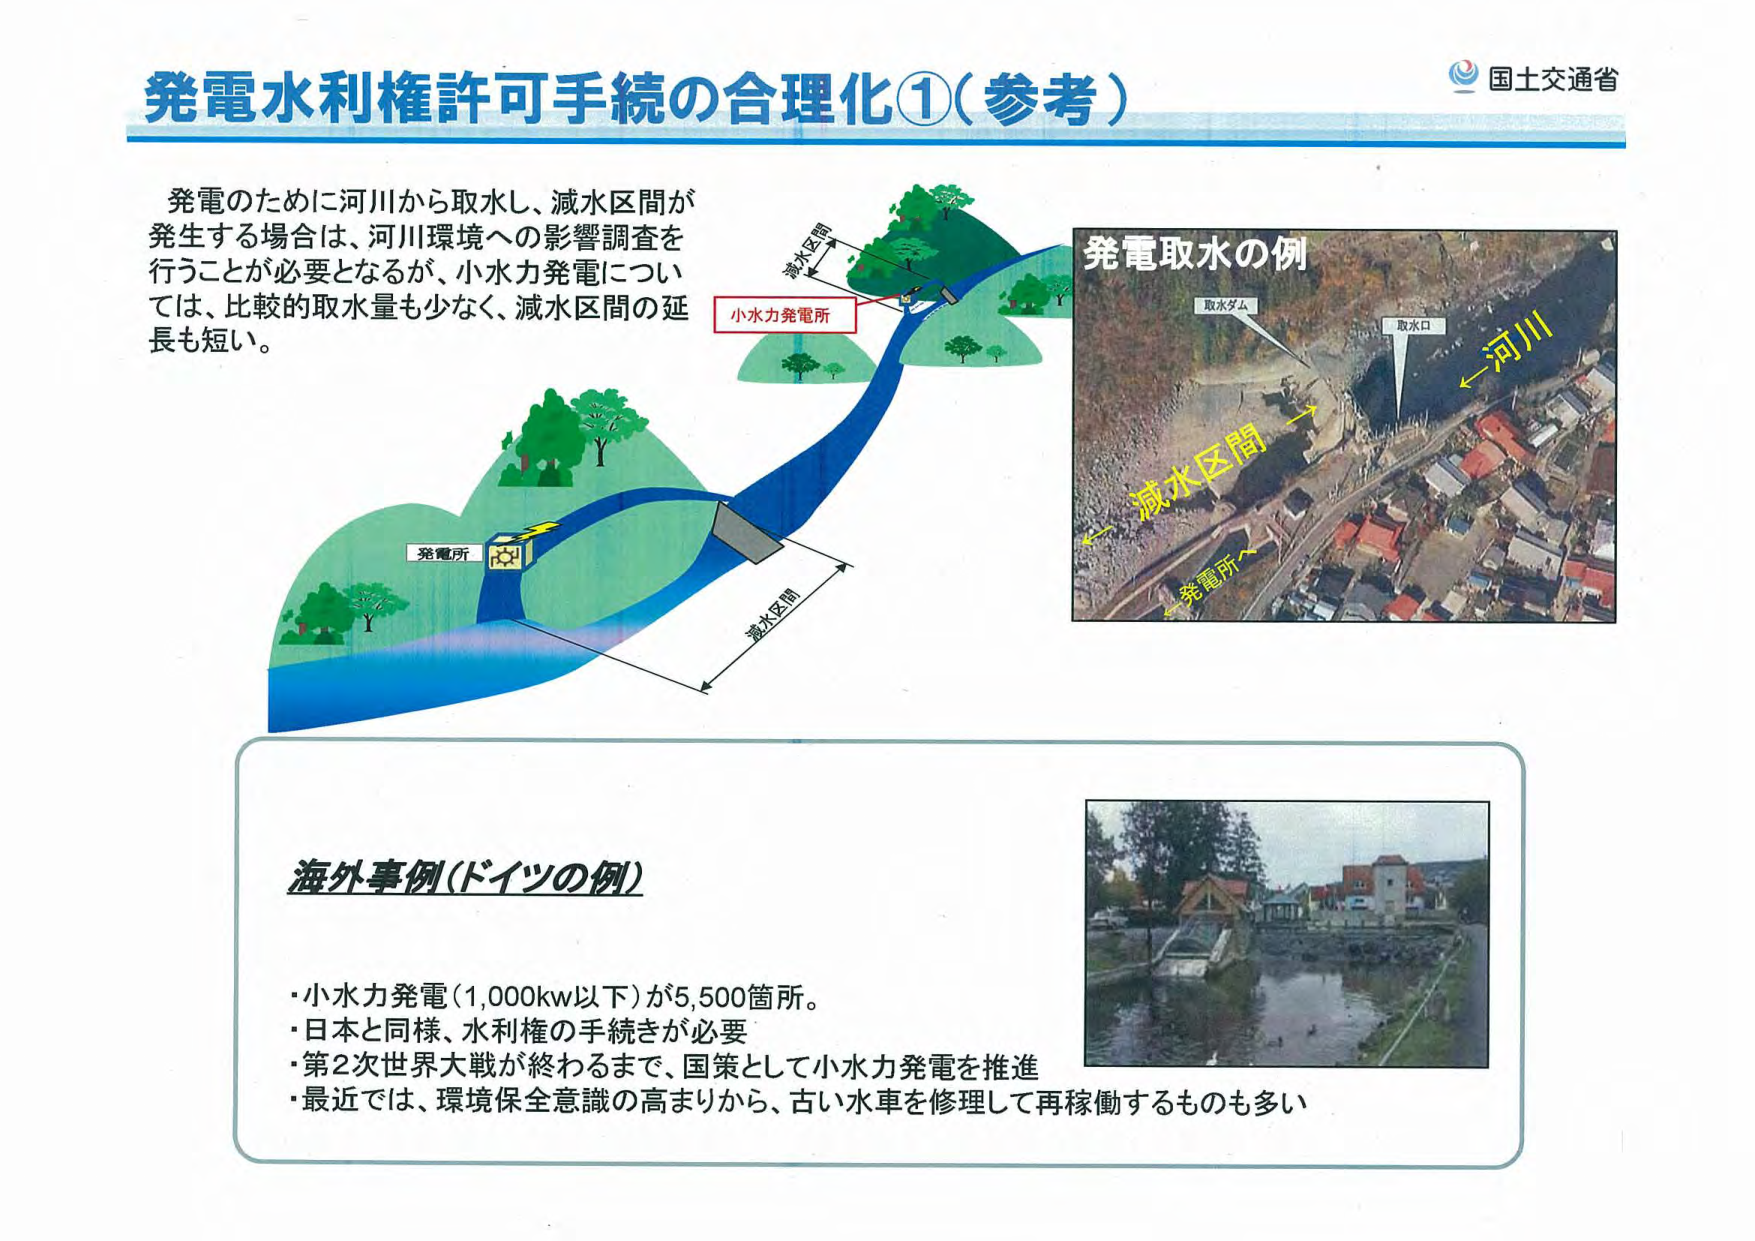
発電水利権許可手続の合理化①（参考）

発電のために河川から取水し、減水区間が
発生する場合は、河川環境への影響調査を
行うことが必要となるが、小水力発電につい
ては、比較的取水量も少なく、減水区間の延
長も短い。

小水力発電所
発電所
減水区間
減水区間

発電取水の例
取水ダム
取水口
河川
減水区間
発電所へ

海外事例（ドイツの例）
・小水力発電（1,000kw以下）が5,500箇所。
・日本と同様、水利権の手続きが必要
・第2次世界大戦が終わるまで、国策として小水力発電を推進
・最近では、環境保全意識の高まりから、古い水車を修理して再稼働するものも多い

国土交通省